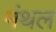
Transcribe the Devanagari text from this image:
मंथल